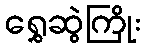
ရွှေဆွဲကြိုး